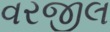
વરજીલ